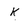
Character: k